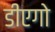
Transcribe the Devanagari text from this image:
डीएगो